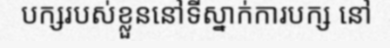
បក្សរបស់ខ្លួននៅទីស្នាក់ការបក្ស នៅ